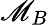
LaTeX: \mathscr{M}_{B}